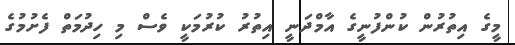
މީގެ އިތުރުން ކުންފުނީގެ އާމްދަނީ އިތުރު ކުރުމަކީ ވެސް މި ހިދުމަތް ފެށުމުގެ